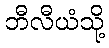
ဘီလီယံသို့